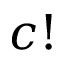
c !